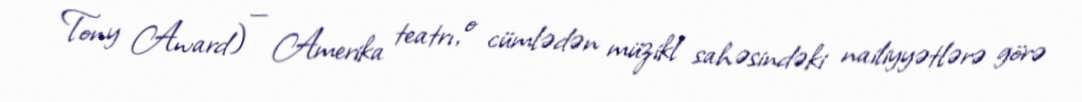
Tony Award) — Amerika teatrı, o cümlədən müzikl sahəsindəki nailiyyətlərə görə